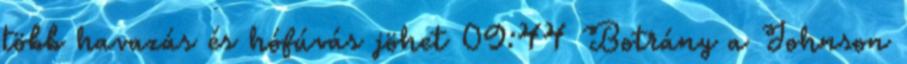
több havazás és hófúvás jöhet 09:44 Botrány a Johnson